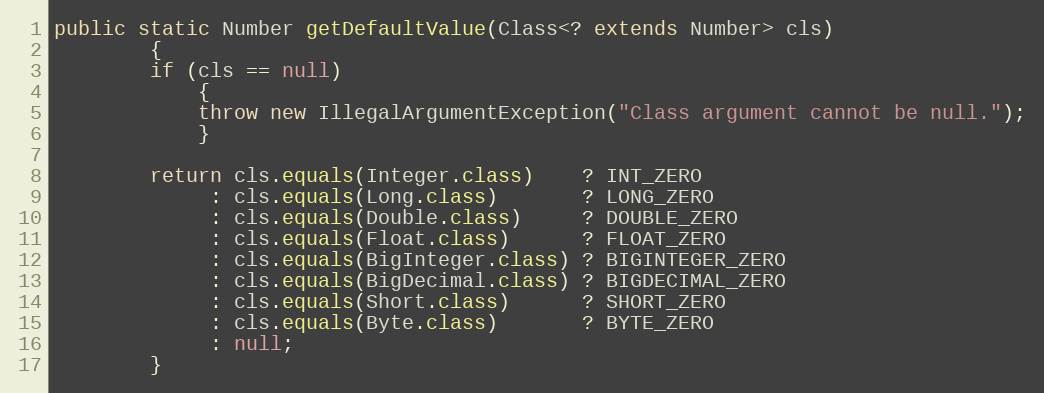
Language: Java
public static Number getDefaultValue(Class<? extends Number> cls)
        {
        if (cls == null)
            {
            throw new IllegalArgumentException("Class argument cannot be null.");
            }

        return cls.equals(Integer.class)    ? INT_ZERO
             : cls.equals(Long.class)       ? LONG_ZERO
             : cls.equals(Double.class)     ? DOUBLE_ZERO
             : cls.equals(Float.class)      ? FLOAT_ZERO
             : cls.equals(BigInteger.class) ? BIGINTEGER_ZERO
             : cls.equals(BigDecimal.class) ? BIGDECIMAL_ZERO
             : cls.equals(Short.class)      ? SHORT_ZERO
             : cls.equals(Byte.class)       ? BYTE_ZERO
             : null;
        }